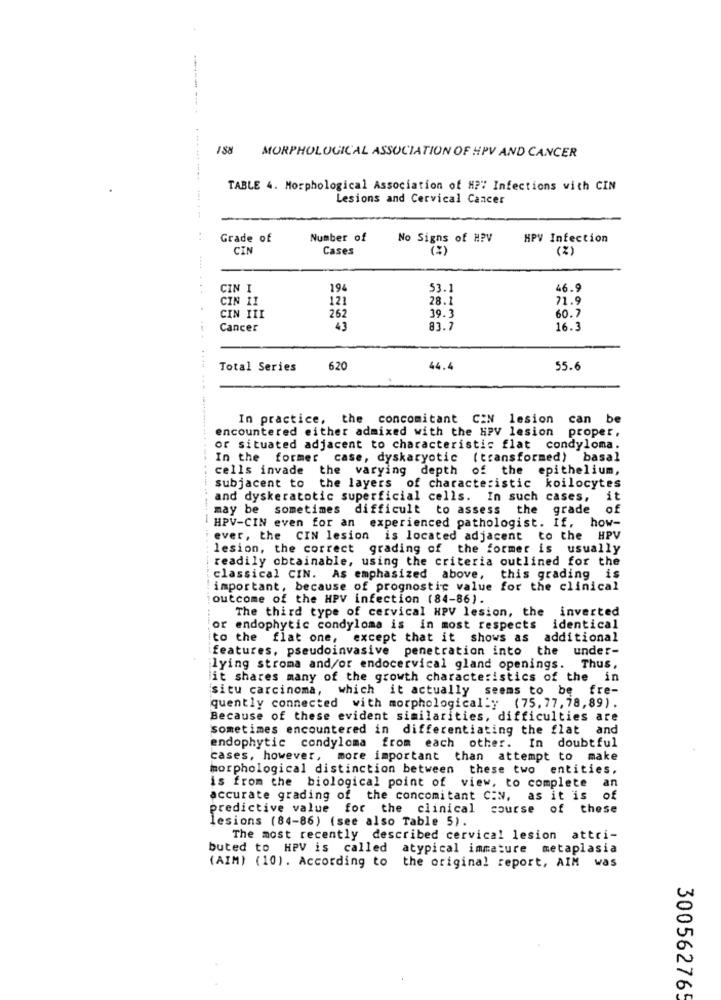
188
MORPHOLOGICAL ASSOCIATION OF HPV AND CANCER
TABLE 4. Morphological Association of H?" Infections with CIN
Lesions and Cervical Cancer
Grade of
Number of
No Signs of HPV
HPV Infection
CIN
Cases
(%)
CIN I
194
53.1
46.9
CIN II
121
28.1
71.9
39.3
CIN III
262
60.7
Cancer
43
83.7
16.3
Total Series
620
44.4
55.6
In practice, the concomitant CAN lesion can be
encountered either admixed with the HPV lesion
proper .
or situated adjacent to characteristic flat condyloma.
In the former case, dyskaryotic (transformed) basal
cells invade the varying depth of the epithelium,
subjacent to the layers of characteristic koilocytes
and dyskeratotic superficial cells. In such cases,
it
may be sometimes difficult to assess the grade
of
HPV-CIN even for an experienced pathologist. If, how-
ever, the CIN lesion is located adjacent to the HPV
lesion, the correct grading of the former is usually
readily obtainable, using the criteria outlined for the
classical CIN. As emphasized above, this grading is
important, because of prognostic value for the clinical
outcome of the HPV infection (84-86).
The third type of cervical HPV lesion, the inverted
or endophytic condyloma is in most respects
identical
to the flat one, except that it shows as
additional
features, pseudoinvasive penetration into the
under-
lying stroma and/or endocervical gland openings. Thus,
lit shares many of the growth characteristics of the in
situ carcinoma, which it actually seems to be fre-
quently connected with morphologically (75,77, 78,89).
Because of these evident similarities, difficulties are
sometimes encountered in differentiating the flat and
In doubtful
endophytic condylcma from each other.
cases, however, more important than attempt to make
morphological distinction between these two entities.
an
is from the biological point of view, to complete
accurate grading of the concomitant C:N, as it is
of
predictive value for the clinical course of these
lesions (84-86) (see also Table 5).
The most recently described cervical lesion attri-
buted to HPV is called atypical immature metaplasia
(AIM) (10). According to the original report, AIM was
300562765